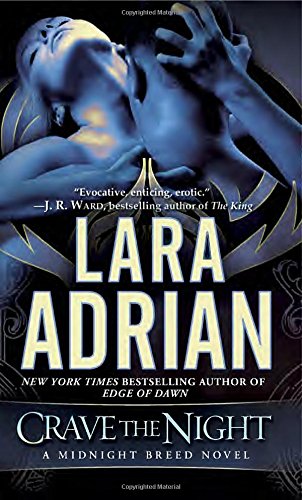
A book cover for Crave the Night: A Midnight Breed Novel; Lara Adrian; Romance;